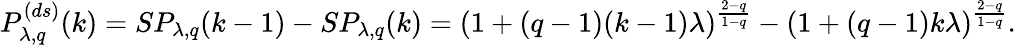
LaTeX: P_{\lambda,q}^{(ds)}(k)=SP_{\lambda,q}(k-1)-SP_{\lambda,q}(k)=(1+(q-1)(k-1)\lambda)^{\frac{2-q}{1-q}}-(1+(q-1)k\lambda)^{\frac{2-q}{1-q}}.